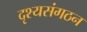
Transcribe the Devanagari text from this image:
दृश्यसंगठन